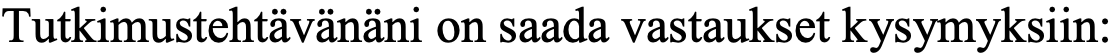
Tutkimustehtävänäni on saada vastaukset kysymyksiin: